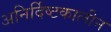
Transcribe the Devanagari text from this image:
अनिर्दिष्टकालीन